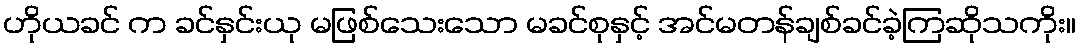
ဟိုယခင် က ခင်နှင်းယု မဖြစ်သေးသော မခင်စုနှင့် အင်မတန်ချစ်ခင်ခဲ့ကြဆိုသကိုး။